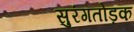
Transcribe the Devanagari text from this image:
सुरंगतोड़क